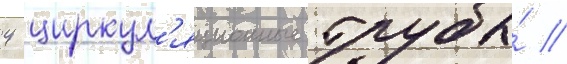
4 циркул'яционные трубы́ //